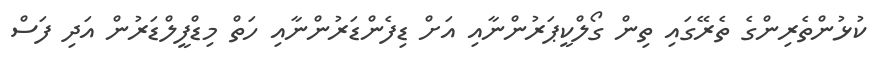
ކުޅުންތެރިންގެ ތެރޭގައި ތިން ގޯލްކީޕަރުންނާއި އަށް ޑިފެންޑަރުންނާއި ހަތް މިޑްފީލްޑަރުން އަދި ފަސް